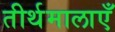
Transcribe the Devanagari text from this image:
तीर्थमालाएँ